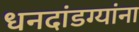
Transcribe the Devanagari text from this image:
धनदांडग्यांना